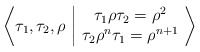
\begin{align*}\bigg\langle \tau_1, \tau_2, \rho \ \bigg\vert\ \begin{matrix}\tau_1 \rho \tau_2=\rho^2\\\tau_2 \rho^{n} \tau_1=\rho^{n+1}\end{matrix}\ \bigg\rangle\end{align*}